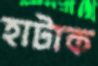
হাটাক